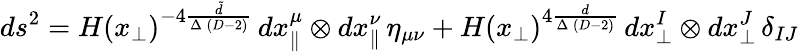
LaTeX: ds^{2}=H(x_{\perp})^{-4\frac{\tilde{d}}{\Delta\, (D-2)}}\, dx_{\parallel}^{\mu}\otimes dx_{\parallel}^{\nu}\, \eta_{\mu\nu}+H(x_{\perp})^{4\frac{d}{\Delta\, (D-2)}}\, dx_{\perp}^{I}\otimes dx_{\perp}^{J}\, \delta_{IJ}